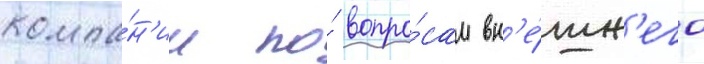
компа́н'ии по́ вопро́сам вн'е́шн'его